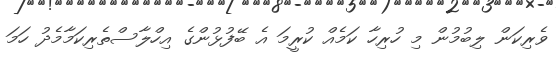
ވެރިކަން ލިބުމުން މި ހުރިހާ ކަމެއް ކުރީމަ އެ ބޭފުޅުންގެ އިހްލާސްތެރިކަމާމެދު ހަމަ